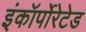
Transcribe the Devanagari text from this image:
इंकॉर्पोरेटेड